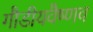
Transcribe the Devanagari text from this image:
गौडीयवैष्णव